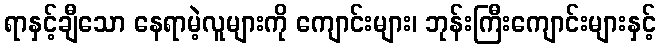
ရာနှင့်ချီသော နေရာမဲ့လူများကို ကျောင်းများ၊ ဘုန်းကြီးကျောင်းများနှင့်